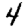
Digit: 4